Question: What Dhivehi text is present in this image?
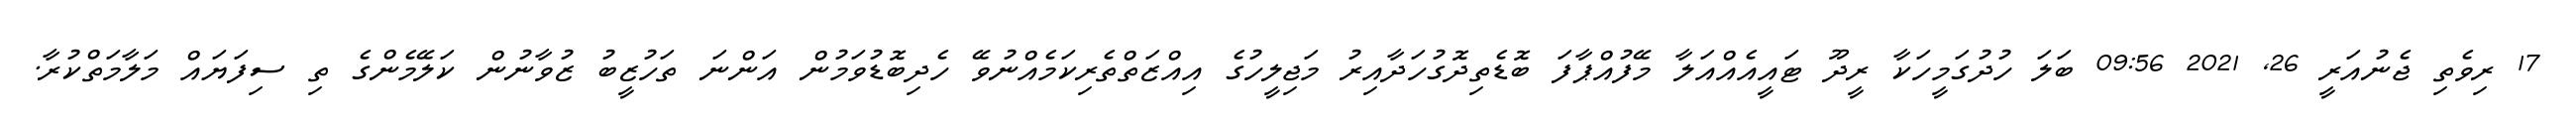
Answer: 17 ރިވެތި ޖެނުއަރީ 26, 2021 09:56 ބަލަ ހުދުގަމީހަކާ ރީދޫ ޓައީއެއްއަލާ މޭފުއްޕާފަ ބޮޑެތިދޮގުހަދާއިރު މަޖިލީހުގެ އިއްޒަތްތެރިކަމެއްނުވޭ ހެދިބޮޑުވަމުން އަންނަ ތަހުޒީބު ޒުވާނުން ކަލޭމެންގެ ތި ސިފަޔައް މަލާމަތްކުރާ.